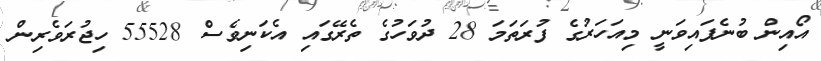
އޯއިން ބުނެފައިވަނީ މިއަހަރުގެ ފުރަތަމަ 28 ދުވަހުގެ ތެރޭގައި އެކަނިވެސް 55528 ހިޖުރަވެރިން